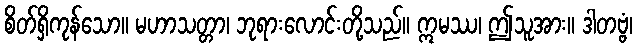
စိတ်ရှိကုန်သော။ မဟာသတ္တာ၊ ဘုရားလောင်းတို့သည်။ ဣမဿ၊ ဤသူအား။ ဒါတဗ္ဗံ၊